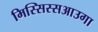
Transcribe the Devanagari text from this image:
मिस्सिस्सआउगा